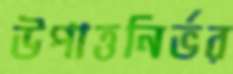
উপাত্তনির্ভর